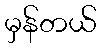
မှန်တယ်